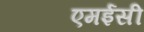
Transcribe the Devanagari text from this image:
एमईसी